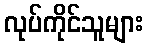
လုပ်ကိုင်သူများ